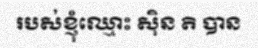
របស់ខ្ញុំឈ្មោះ ស៊ិន តិ បាន